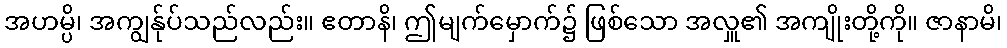
အဟမ္ပိ၊ အကျွန်ုပ်သည်လည်း။ ဧတာနိ၊ ဤမျက်မှောက်၌ ဖြစ်သော အလှူ၏ အကျိုးတို့ကို။ ဇာနာမိ၊